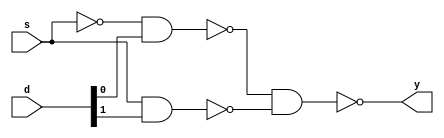
module mux_2x1 (y, s, d);
    output y;
    input s;
    input [1:0] d;

    wire not_s, d0_out, d1_out;
    not (not_s, s);
    nand (d0_out, not_s, d[0]);
    nand (d1_out, s, d[1]);
    nand (y, d0_out, d1_out);

endmodule